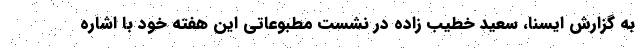
به گزارش ایسنا، سعید خطیب زاده در نشست مطبوعاتی این هفته خود با اشاره